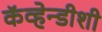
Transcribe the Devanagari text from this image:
कॅव्हेन्डीशी